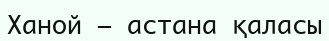
Ханой — астана қаласы